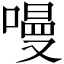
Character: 𠼦